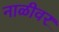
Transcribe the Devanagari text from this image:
नाळीवर